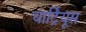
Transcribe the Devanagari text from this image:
चार्ट्रियूस